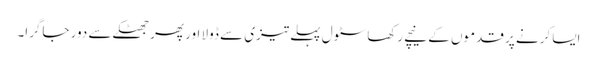
ایسا کرنے پر قدموں کے نیچے رکھا سٹول پہلے تیزی سے ڈولا اور پھر جھٹکے سے دور جاگرا۔